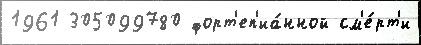
1961 305099780 форт'еп'иа́нной см'е́рт'и